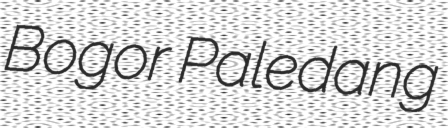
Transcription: Bogor Paledang